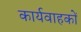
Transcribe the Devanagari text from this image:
कार्यवाहकों